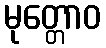
မုတ္တောဝ